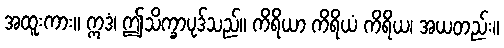
အထူးကား။ ဣဒံ၊ ဤသိက္ခာပုဒ်သည်။ ကိရိယာ ကိရိယံ ကိရိယ၊ အယတည်း။